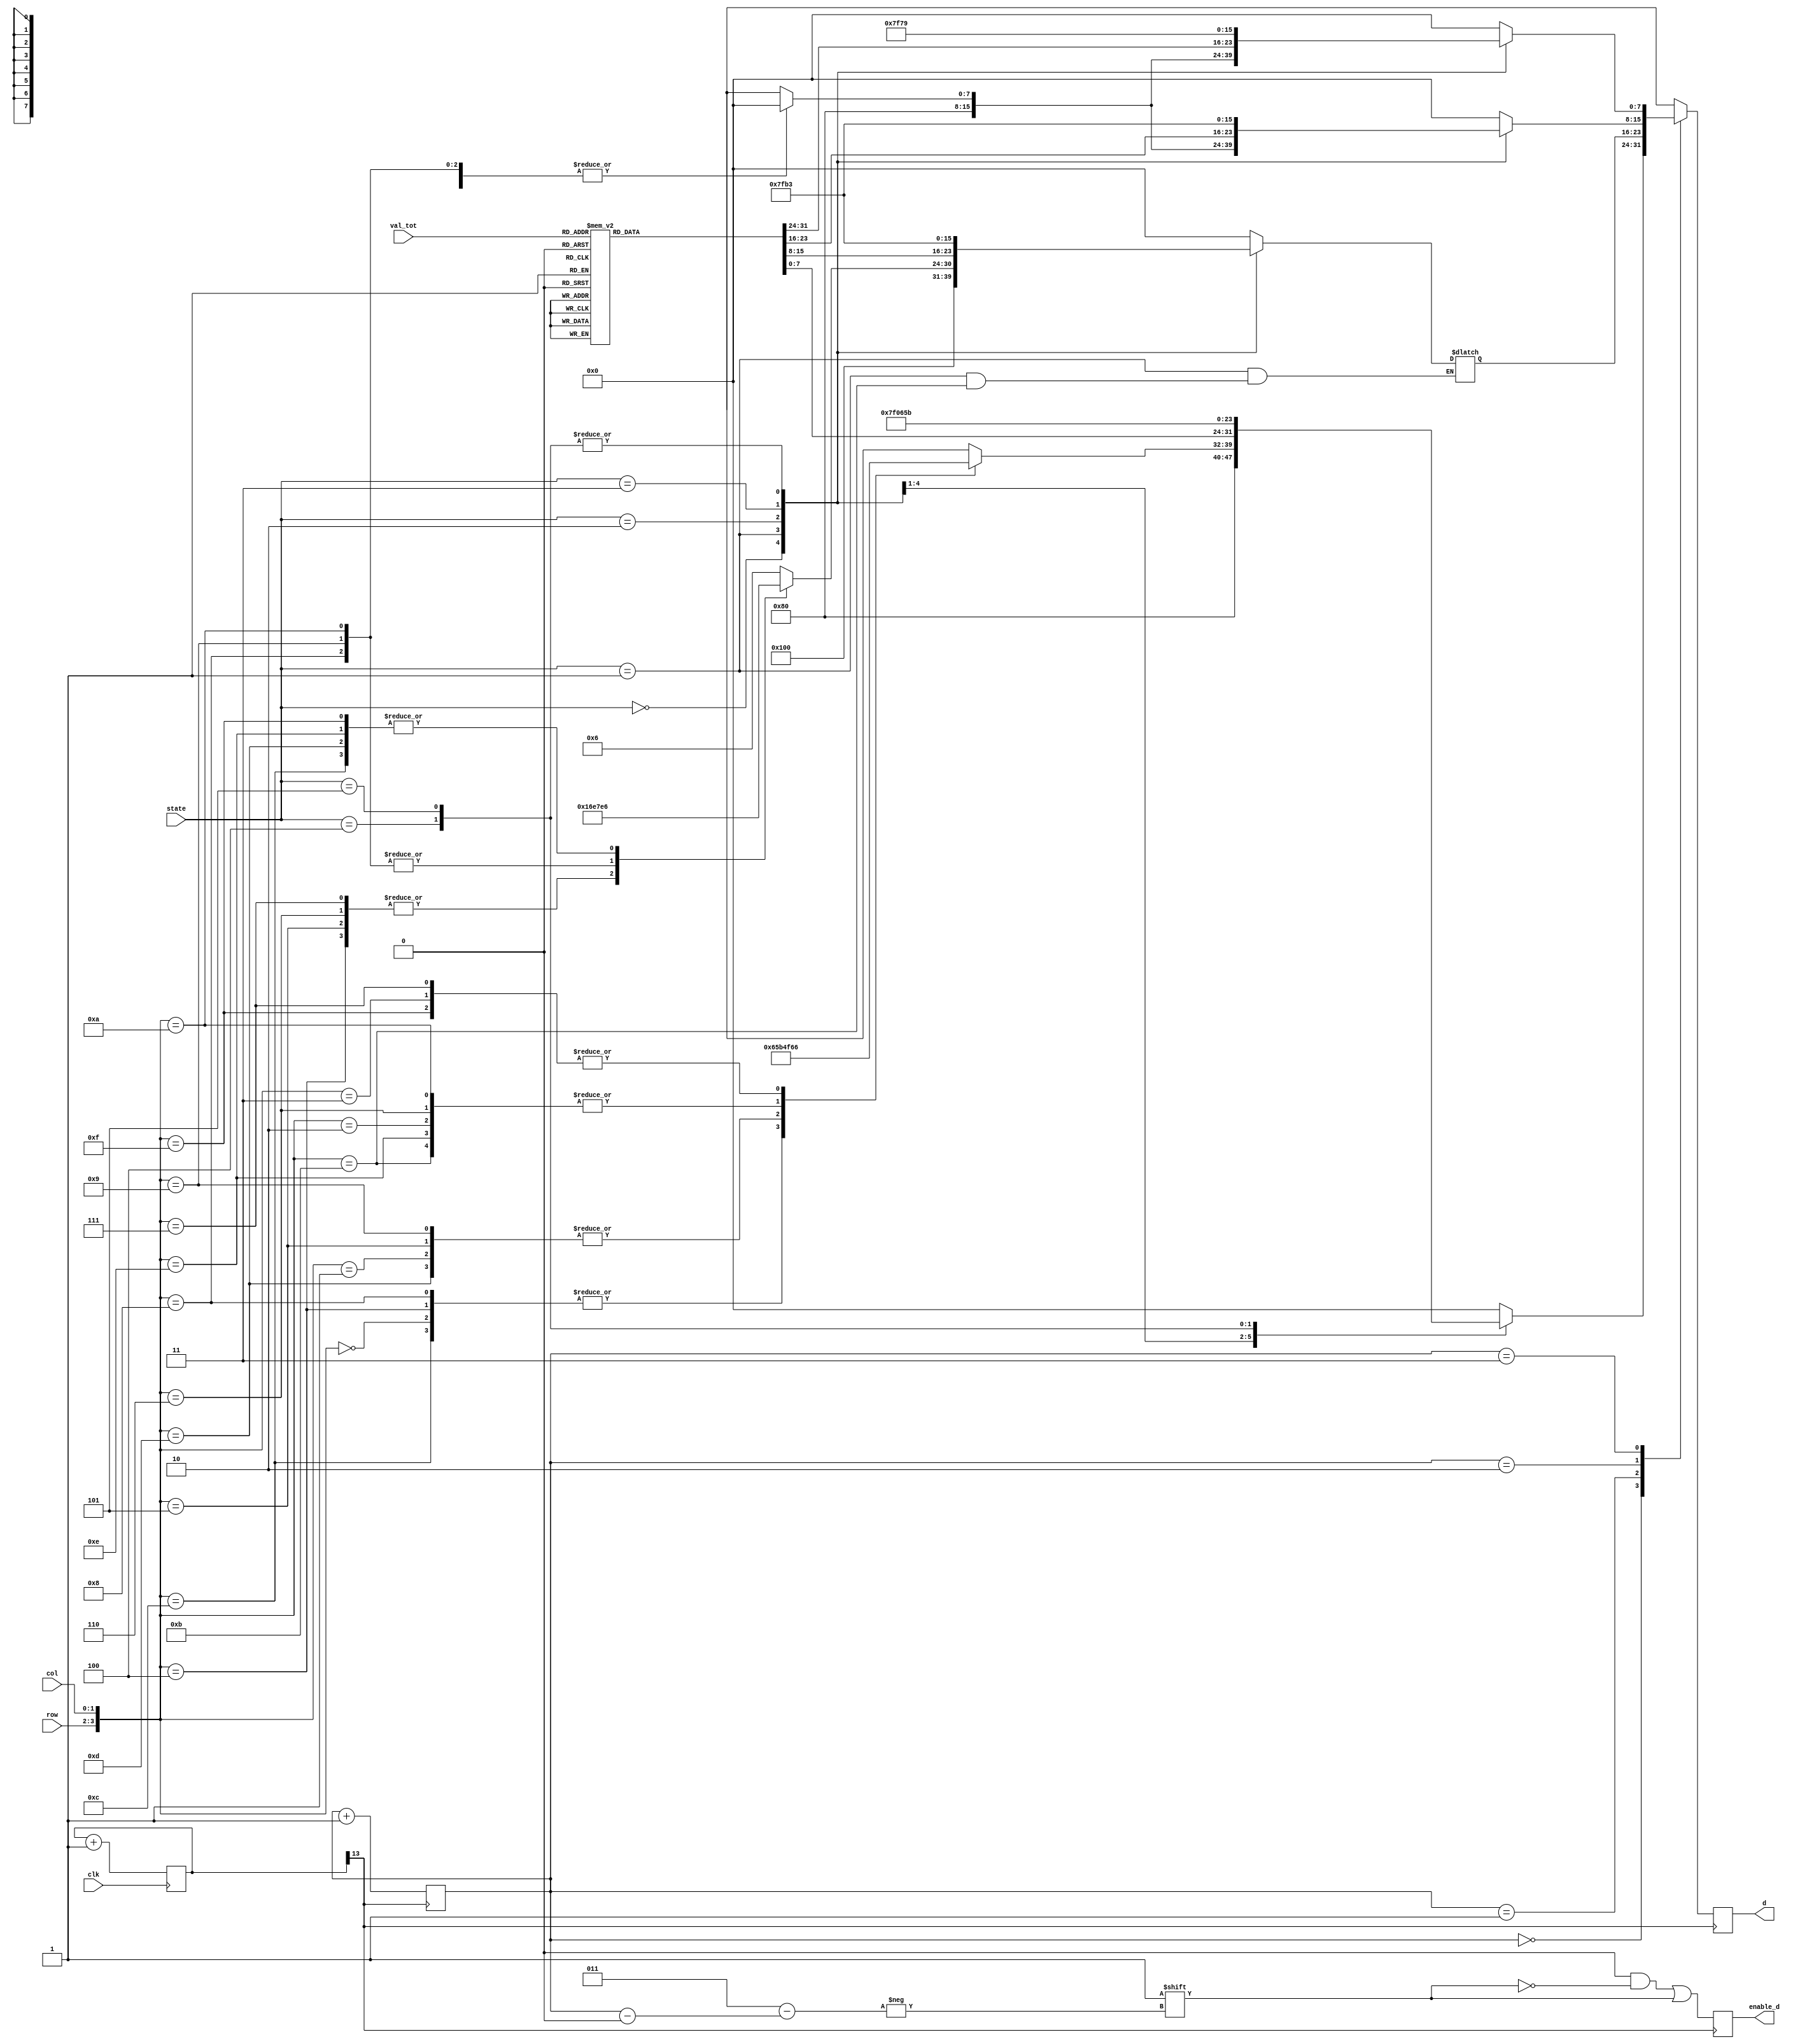
module controlOutputDisplay(
state,
val_tot, 
row,
col,
d,
enable_d,
clk);

	input [0:2] state;
	input [3:0] val_tot;
	input [1:0] row, col;
	input clk;
	output reg  [7:0] d;
	reg  [7:0] d1,d2,d3,d4;
	reg [13:0] clk_counter;
	reg [1:0] interator_d;
	output reg [0:3] enable_d;// ativa um dgito por vez
	
	initial begin
	
		clk_counter = 0;
		interator_d = 0;
		d1 = 8'b00000000;
		d2 = 8'b00000000;
		d3 = 8'b00000000;
		d4 = 8'b00000000;
	end
	
	always @(state) begin
	
		case (state) 
		
			3'b000: begin // Estado zzz(espera)
				d1 = 8'b10000000;
				d2 = 8'b10000000;
				d3 = 8'b10000000;
				d4 = 8'b10000000;
			end
			
			3'b001: begin // Estado para validar o id
				
					case ({row, col}) //exibe o id no display
					
						4'b0000: begin 
						
							d1 = 8'b00000110;
							d2 = 8'b00000110;
							d3 = 8'b00000000;
							d4 = 8'b00000000;
							
						end
						
						4'b0001: begin 
						
							d1 = 8'b01011011;
							d2 = 8'b00000110;
							d3 = 8'b00000000;
							d4 = 8'b00000000;
							
							
							
						end
						
						4'b0010: begin 
				
							d1 = 8'b01001111;
							d2 = 8'b00000110;
							d3 = 8'b00000000;
							d4 = 8'b00000000;
							
						end
						
						4'b0011: begin 
						
							d1 = 8'b01100110;
							d2 = 8'b00000110;
							d3 = 8'b00000000;
							d4 = 8'b00000000;
							
							
						end
						
						4'b0100: begin 
						
							d1 = 8'b00000110;
							d2 = 8'b01011011;
							d3 = 8'b00000000;
							d4 = 8'b00000000;
							
						end
						
						4'b0101: begin 
						
							d1 = 8'b01011011;
							d2 = 8'b01011011;
							d3 = 8'b00000000;
							d4 = 8'b00000000;
							
						end
						
						4'b0110: begin 
						
							d1 = 8'b01001111;
							d2 = 8'b01011011;
							d3 = 8'b00000000;
							d4 = 8'b00000000;
							
						end
						
						4'b0111: begin 
						
							d1 = 8'b01100110;
							d2 = 8'b01011011;
							d3 = 8'b00000000;
							d4 = 8'b00000000;
							
						end
						
					
						
						4'b1000: begin 
							
							d1 = 8'b00000110;
							d2 = 8'b01001111;
							d3 = 8'b00000000;
							d4 = 8'b00000000;
						
						end
						
						4'b1001: begin 
							
							d1 = 8'b01011011;
							d2 = 8'b01001111;
							d3 = 8'b00000000;
							d4 = 8'b00000000;
						
						end
						
						4'b1010: begin 
							
							d1 = 8'b01001111;
							d2 = 8'b01001111;
							d3 = 8'b00000000;
							d4 = 8'b00000000;
						
						end
						
						4'b1011: begin 
							
							d1 = 8'b01100110;
							d1 = 8'b01001111;
							d3 = 8'b00000000;
							d4 = 8'b00000000;
						
						end
						
						4'b1100: begin 
							
							d1 = 8'b00000110;
							d2 = 8'b01100110;
							d3 = 8'b00000000;
							d4 = 8'b00000000;
						
						end

						4'b1101: begin 
							
							d1 = 8'b01011011;
							d2 = 8'b01100110;
							d3 = 8'b00000000;
							d4 = 8'b00000000;
						
						end
						
						4'b1110: begin 
							
							d1 = 8'b01001111;
							d2 = 8'b01100110;
							d3 = 8'b00000000;
							d4 = 8'b00000000;
						
						end
						
						4'b1111: begin 
							
							d1 = 8'b01100110;
							d2 = 8'b01100110;
							d3 = 8'b00000000;
							d4 = 8'b00000000;
						
						end
						
						default: begin
							d1 = 8'b00000000;
							d2 = 8'b00000000;
							d3 = 8'b00000000;
							d4 = 8'b00000000;
							
						end
						
						
						
						
						
					 endcase
					
			
					
				end
				
				3'b010: begin // Estado para validar a moeda
					case(val_tot)
						// exibe no display o valor total
						
						4'b0000: begin
							d1 = 8'b00111111;
							d2 = 8'b00111111;
							d3 = 8'b10111111;
							d4 = 8'b00000000;
						end
						
						4'b0001: begin
							d1 = 8'b01101101;
							d2 = 8'b01011011;
							d3 = 8'b10111111;
							d4 = 8'b00000000;
							
						end
						
						4'b0010: begin
							d1 = 8'b00111111;
							d2 = 8'b01101101;
							d3 = 8'b10111111;
							d4 = 8'b00000000;
							
						end
						
						4'b0011: begin
							d1 = 8'b01101101;
							d2 = 8'b00000111;
							d3 = 8'b10111111;
							d4 = 8'b00000000;
							
						end
						
						4'b0100: begin
							d1 = 8'b00111111;
							d2 = 8'b00111111;
							d3 = 8'b10000110;
							d4 = 8'b00000000;
							
						end
						
						4'b0101: begin
							d1 = 8'b01101101;
							d2 = 8'b01011011;
							d3 = 8'b10000110;
							d4 = 8'b00000000;
							
						end
						
						4'b0110: begin
							d1 = 8'b00111111;
							d2 = 8'b01101101;
							d3 = 8'b10000110;
							d4 = 8'b00000000;
							
						end
						
						4'b0111: begin
							d1 = 8'b01101101;
							d2 = 8'b00000111;
							d3 = 8'b10000110;
							d4 = 8'b00000000;
							
						end
						
						4'b1000: begin
							d1 = 8'b00111111;
							d2 = 8'b00111111;
							d3 = 8'b11011011;
							d4 = 8'b00000000;
							
						end
						
						default: begin
							d1 = 8'b00000000;
							d2 = 8'b00000000;
							d3 = 8'b00000000;
							d4 = 8'b00000000;
							
						end
						
					endcase
				end
				
				3'b011: begin // Estado caso tenha dado certo a compra
					d1 = 8'b01111111;
					d2 = 8'b01111111;
					d3 = 8'b01111111;
					d4 = 8'b01111111;
				end
				
				3'b100: begin // Estado caso o id seja invlido
					d1 = 8'b00000110;
					d2 = 8'b10110011;
					d3 = 8'b10110011;
					d4 = 8'b01111001;
				end
				
				3'b101: begin // Estado caso o valor seja invlido
					d1 = 8'b01011011;
					d2 = 8'b10110011;
					d3 = 8'b10110011;
					d4 = 8'b01111001;
				end
				
				default: begin
					d1 = 8'b00000000;
					d2 = 8'b00000000;
					d3 = 8'b00000000;
					d4 = 8'b00000000;
							
				end
			
			
			
		endcase
			
	end
	
	always@(posedge clk) clk_counter = clk_counter + 1;
	
	always @(posedge clk_counter[13])begin
	
		
		case(interator_d) // ativa um display por vez na frquencia de 76Hz
			2'b00: d = d1;
			2'b01: d = d2;
			2'b10: d = d3;
			2'b11: d = d4;
			default: d = d1;
		endcase
		
		enable_d <= 4'b0000;
		enable_d[interator_d] <= 1; // ativa o dgito correto do display
		
		
		interator_d = interator_d + 1;
			
		
			
		
		
	end
	
	
	
endmodule